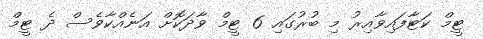
ޓީމް ކަޓާފައިވާއިރު މި ބުރުގައި 6 ޓީމް ވާދަކޮށް އަނެއްކާވެސް ދެ ޓީމް